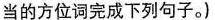
当的方位词完成下列句子。)